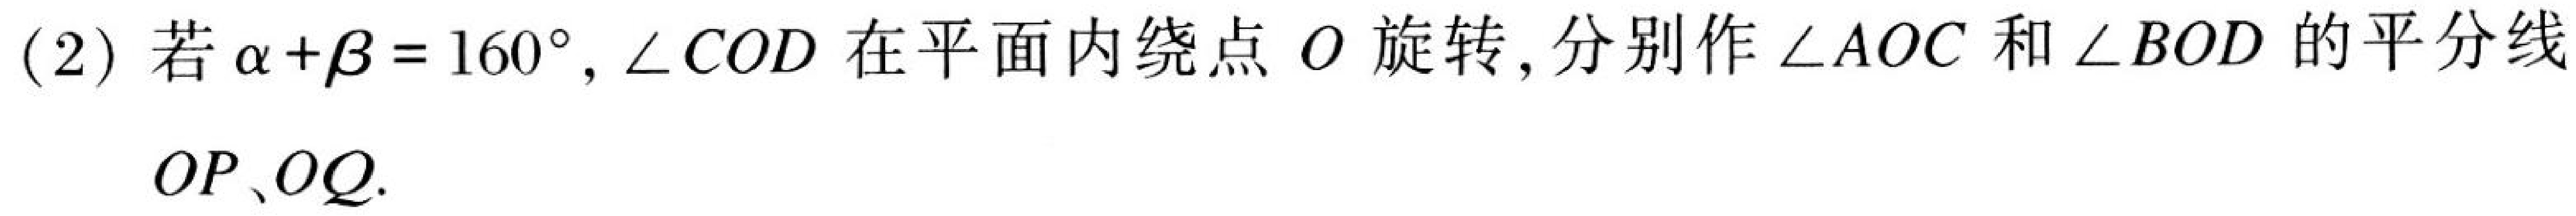
(2) 若\(\alpha+\beta = 160^{\circ}\), \(\angle COD\)在平面内绕点\(O\)旋转, 分别作\(\angle AOC\)和\(\angle BOD\)的平分线
\(OP、OQ.\)